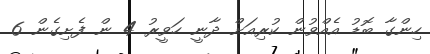
ހިންގާ ބޮޑު އެއްވުން ކުރިއަށް ދާނީ ހަވީރު 4 ން ފެށިގެން 6